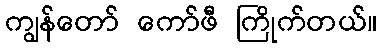
ကျွန်တော် ကော်ဖီ ကြိုက်တယ်။